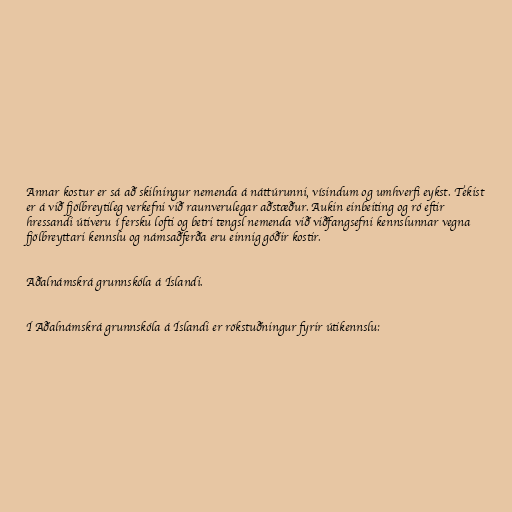
Annar kostur er sá að skilningur nemenda á náttúrunni, vísindum og umhverfi eykst. Tekist
er á við fjölbreytileg verkefni við raunverulegar aðstæður. Aukin einbeiting og ró eftir
hressandi útiveru í fersku lofti og betri tengsl nemenda við viðfangsefni kennslunnar vegna
fjölbreyttari kennslu og námsaðferða eru einnig góðir kostir.

Aðalnámskrá grunnskóla á Íslandi.

Í Aðalnámskrá grunnskóla á Íslandi er rökstuðningur fyrir útikennslu: